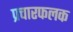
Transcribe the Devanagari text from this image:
प्रचारफलक